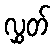
လွှတ်